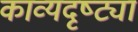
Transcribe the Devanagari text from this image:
काव्यदृष्ट्या